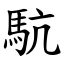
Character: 䭺